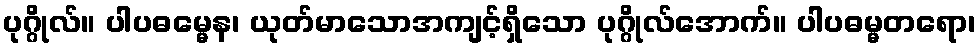
ပုဂ္ဂိုလ်။ ပါပဓမ္မေန၊ ယုတ်မာသောအကျင့်ရှိသော ပုဂ္ဂိုလ်အောက်။ ပါပဓမ္မတရော၊